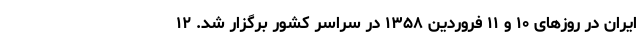
ایران در روز‌های ۱۰ و ۱۱ فروردین ۱۳۵۸ در سراسر کشور برگزار شد. ۱۲